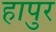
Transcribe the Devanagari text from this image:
हापुर